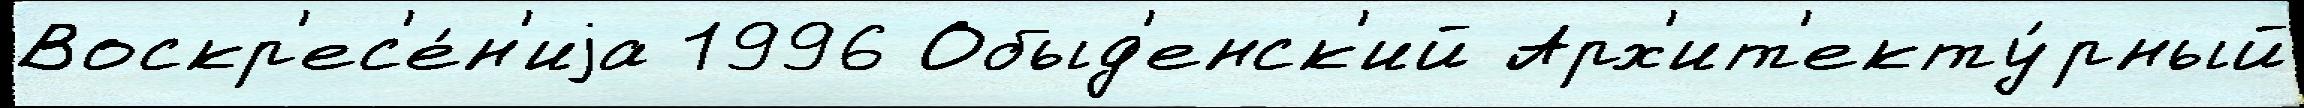
Воскр'ес'е́н'иjа 1996 Обыд'енск'ий Арх'ит'екту́рный